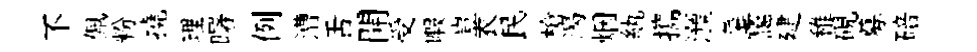
不佩粉撓理曙例漕舌開受暇豈衣民槍渴烟紈攜澦菜靄建稚硯募碚